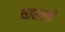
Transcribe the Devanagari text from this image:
सासवडी